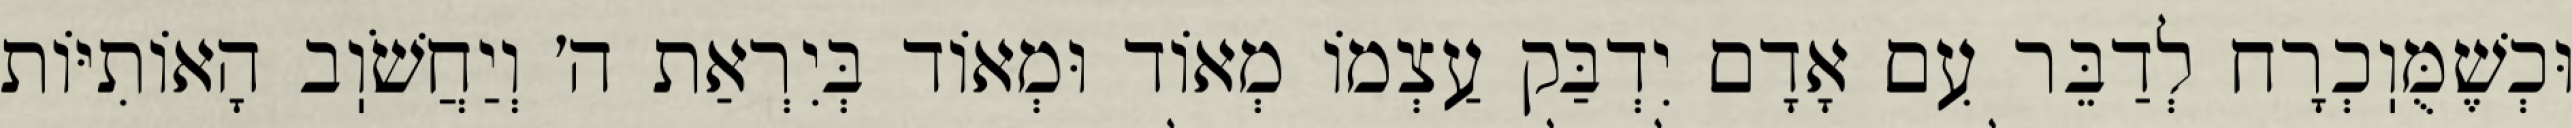
וּכְשֶׁמֻּוֽכְרָח לְדַבֵּר עִם אָדָם יִדְבַּק עַצְמוֹ מְאוֹד וּמְאוֹד בְּיִרְאַת ה׳ וְיַחֲשֹׁוֽב הָאוֹתִיּוֹת